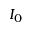
I _ { 0 }